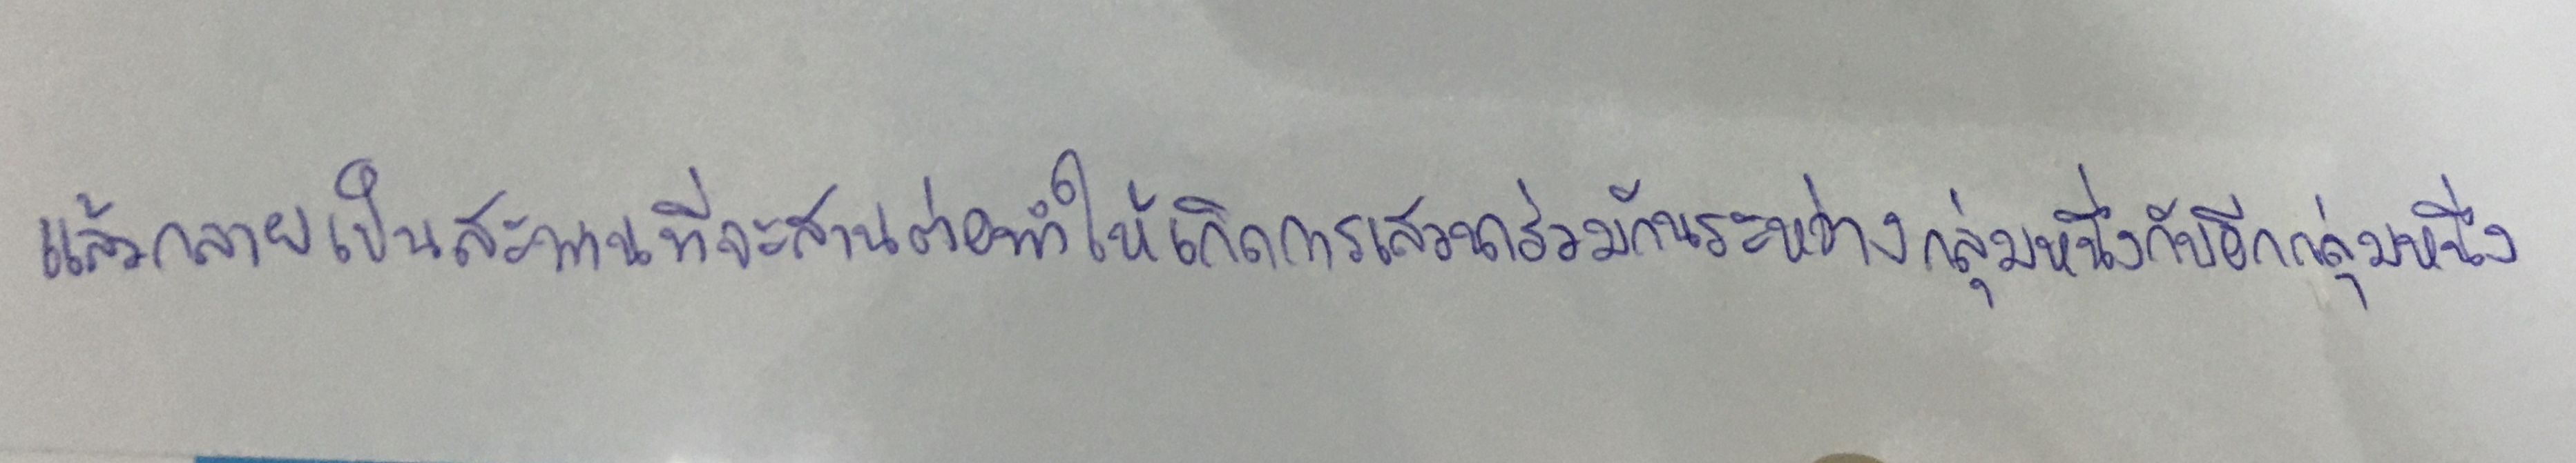
แล้วกลายเป็นสะพานที่จะสานต่อทำให้เกิดการเสวนาร่วมกันระหว่างกลุ่มหนึ่งกับอีกกลุ่มหนึ่ง